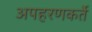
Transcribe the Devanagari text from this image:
अपहरणकर्ते